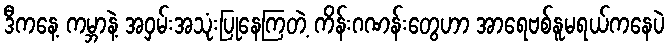
ဒီကနေ့ ကမ္ဘာနဲ့ အဝှမ်းအသုံးပြုနေကြတဲ့ ကိန်းဂဏန်းတွေဟာ အာရေဗစ်နူမရယ်ကနေပဲ